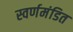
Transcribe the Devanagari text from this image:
स्वर्णमंडित